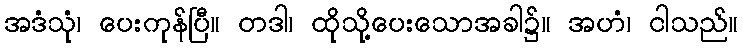
အဒံသုံ၊ ပေးကုန်ပြီ။ တဒါ၊ ထိုသို့ပေးသောအခါ၌။ အဟံ၊ ငါသည်။